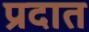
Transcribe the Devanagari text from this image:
प्रदात